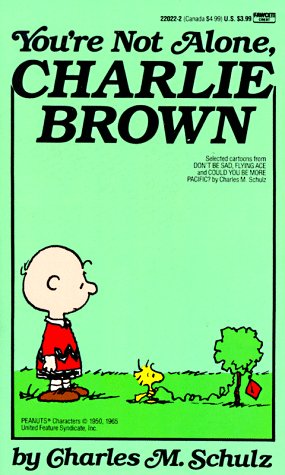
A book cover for You're Not Alone, Charlie Brown; Charles M. Schulz; Humor & Entertainment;